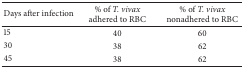
<table><thead><tr><td><b>Days after infection</b></td><td><b>% of <i>T. vivax </i>adhered to RBC</b></td><td><b>% of <i>T. vivax </i>nonadhered to RBC</b></td></tr></thead><tbody><tr><td>15</td><td>40</td><td>60</td></tr><tr><td>30</td><td>38</td><td>62</td></tr><tr><td>45</td><td>38</td><td>62</td></tr></tbody></table>